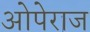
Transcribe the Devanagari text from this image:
ओपेराज